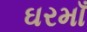
ઘરમાઁ